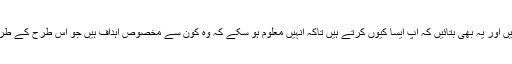
آپ جو کرتے ہیں اس کے بارے میں بچوں کو بتائیں اور یہ بھی بتائیں کہ آپ ایسا کیوں کرتے ہیں تاکہ انہیں معلوم ہو سکے کہ وہ کون سے مخصوص اہداف ہیں جو اس طرح کے طرزعمل کے نتیجے میں حاصل کیے جا سکتے ہیں۔